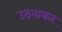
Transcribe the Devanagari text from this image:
उठवाकर